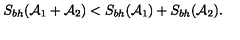
S _ { b h } ( { \cal A } _ { 1 } + { \cal A } _ { 2 } ) < S _ { b h } ( { \cal A } _ { 1 } ) + S _ { b h } ( { \cal A } _ { 2 } ) .